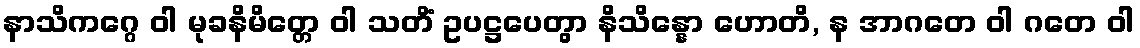
နာသိကဂ္ဂေ ဝါ မုခနိမိတ္တေ ဝါ သတိံ ဥပဋ္ဌပေတွာ နိသိန္နော ဟောတိ, န အာဂတေ ဝါ ဂတေ ဝါ